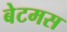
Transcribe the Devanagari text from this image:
बेटमस